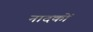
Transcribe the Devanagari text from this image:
नादकों